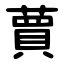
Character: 蕒